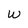
Character: W